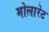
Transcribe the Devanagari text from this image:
मोलारेट